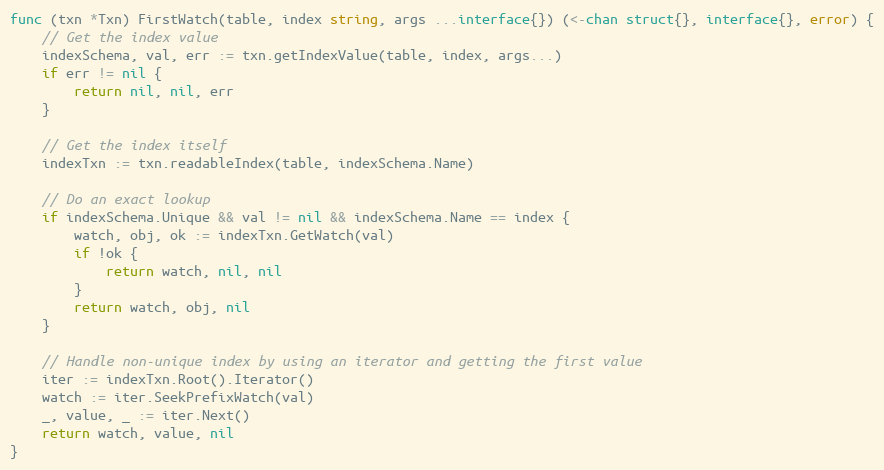
Language: Go
func (txn *Txn) FirstWatch(table, index string, args ...interface{}) (<-chan struct{}, interface{}, error) {
	// Get the index value
	indexSchema, val, err := txn.getIndexValue(table, index, args...)
	if err != nil {
		return nil, nil, err
	}

	// Get the index itself
	indexTxn := txn.readableIndex(table, indexSchema.Name)

	// Do an exact lookup
	if indexSchema.Unique && val != nil && indexSchema.Name == index {
		watch, obj, ok := indexTxn.GetWatch(val)
		if !ok {
			return watch, nil, nil
		}
		return watch, obj, nil
	}

	// Handle non-unique index by using an iterator and getting the first value
	iter := indexTxn.Root().Iterator()
	watch := iter.SeekPrefixWatch(val)
	_, value, _ := iter.Next()
	return watch, value, nil
}